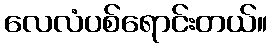
လေလံပစ်ရောင်းတယ်။